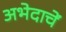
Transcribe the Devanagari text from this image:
अभेदाचें